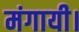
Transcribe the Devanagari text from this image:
मंगायी।